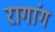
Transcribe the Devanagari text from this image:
रागांग